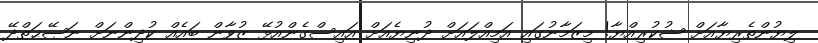
ލިޔުންތެރިޔާއަށް ޝުކުރިއްޔާ! މިޒަމާނުގައި އަމިއްލައަށް ދުނިޔެއަށް އައިސްގެންއުޅޭ ޒުވާން ބައެއް ކުދިންނަށް ނަޞޭޙަތްދޭ